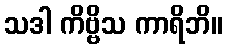
သဒါ ကိဗ္ဗိသ ကာရိဘိ။